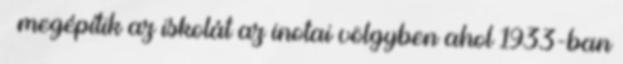
– megépítik az iskolát az inotai völgyben ahol 1933-ban